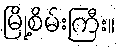
မြို့စိမ်းကြီး။